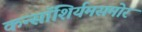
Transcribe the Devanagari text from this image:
कन्सॉशिर्यमसमोर